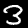
Label: 3